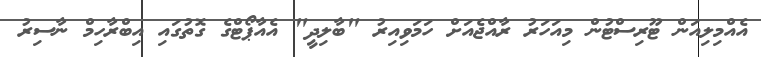
އެއްމިލިއަން ޓޫރިސްޓުން މިއަހަރު ރާއްޖެއަށް ހަމަވިއިރު "ބާލިދީ" އެއާޕޯޓްގެ ގޮތުގައި އިބްރާހިމް ނާސިރު